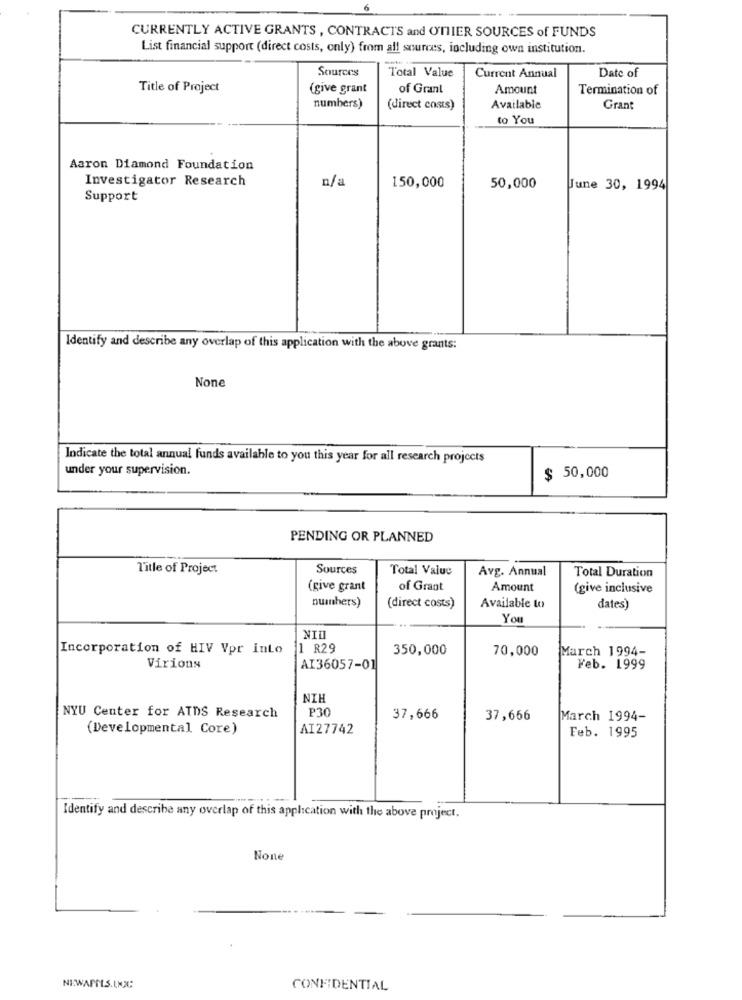
CURRENTLY ACTIVE GRANTS , CONTRACTS and OTHER SOURCES of FUNDS
List financial support (direct costs, only) from all sources, including own institution.
Sources
Total Value
Current Annual
Date of
Title of Project
(give grant
of Grant
Amount
Termination of
numbers)
(direct costs)
Available
Grant
to You
Aaron Diamond Foundation
Investigator Research
n/a
150,000
50,000
June 30, 1994
Support
Identify and describe any overlap of this application with the above grants:
Indicate the total annual funds available to you this year for all research projects
under your supervision.
$ 50,000
PENDING OR PLANNED
Title of Project
Sources
Total Value
Avg. Annual
Total Duration
(give grant
of Grant
Amount
(give inclusive
nuinhers)
(direct costs)
Available to
dates)
You
NII
Incorporation of HIV Vpr into
11 R29
350,000
70,000
March 1994-
Virions
AI36057-01
Feb. 1999
NIH
P30
NYU Center for AIDS Research
37,666
37,666
March 1994-
(Developmental Core)
AI27742
Feb. 1995
Identify and describe any overlap of this application with the above project.
NEWAPILS.LNC
CONFIDENTIAL